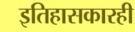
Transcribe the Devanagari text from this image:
इतिहासकारही